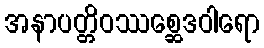
အနာပတ္တိဝဿစ္ဆေဒဝါရော